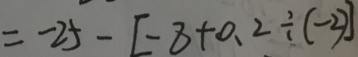
= - 2 5 - [ - 8 + 0 . 2 \div ( - 2 ) ]